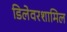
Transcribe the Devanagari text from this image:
डिलेवरशामिल